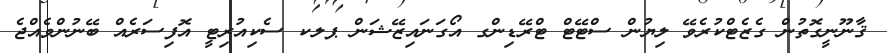
ޤާނޫނީގޮތުން ގެޒެޓްކުރެވޭ ލިޔުން ސްޓޭޓް ޓްރޭޑިންގ އޯގަނައިޒޭޝަން ޕލކ ސެކިއުރިޓީ އޮފިސަރެއް ބޭނުންވެއްޖެ